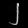
Digit: ၂